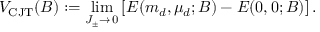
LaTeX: V _ { \mathrm { C J T } } ( B ) : = \operatorname * { l i m } _ { J _ { \pm } \to \, 0 } \left[ E ( m _ { d } , \mu _ { d } ; B ) - E ( 0 , 0 ; B ) \right] .